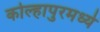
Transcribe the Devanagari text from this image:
कोल्हापुरमध्ये